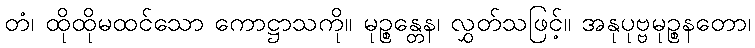
တံ၊ ထိုထိုမထင်သော ကောဋ္ဌာသကို။ မုဉ္စန္တေန၊ လွှတ်သဖြင့်။ အနုပုဗ္ဗမုဉ္စနတော၊